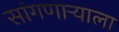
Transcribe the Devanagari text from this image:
सांगणाऱ्याला